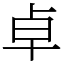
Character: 卓